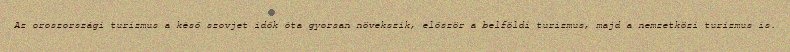
Az oroszországi turizmus a késő szovjet idők óta gyorsan növekszik, először a belföldi turizmus, majd a nemzetközi turizmus is.